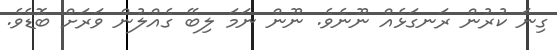
ގިނަ ކުރުން ރަނގަޅެއް ނޫނެވެ. ނޫން ނަމަ ލިބޭ ގެއްލުން ވަރަަށް ބޮޑެވެ.